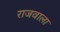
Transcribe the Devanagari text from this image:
राजवाला